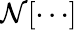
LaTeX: \mathcal{N}[\cdots]